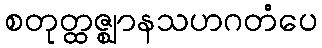
စတုတ္ထဇ္ဈာနသဟဂတံပေ